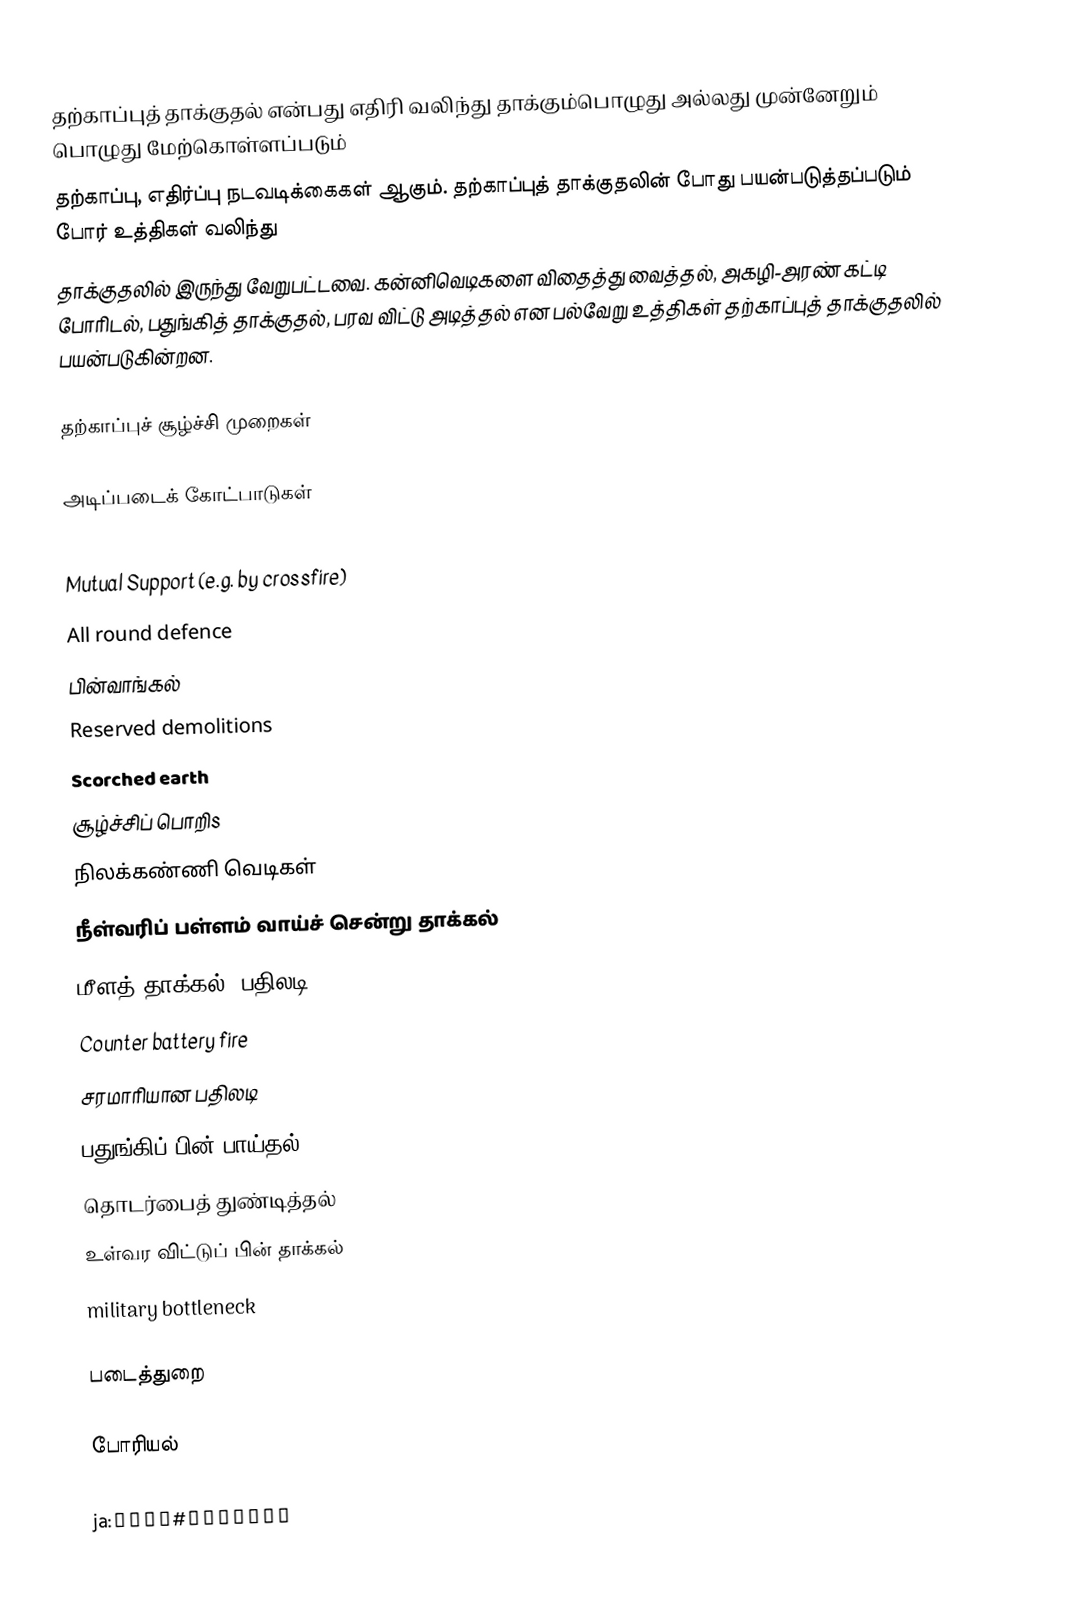
தற்காப்புத் தாக்குதல் என்பது எதிரி வலிந்து தாக்கும்பொழுது அல்லது முன்னேறும் பொழுது மேற்கொள்ளப்படும்
தற்காப்பு, எதிர்ப்பு நடவடிக்கைகள் ஆகும்.  தற்காப்புத் தாக்குதலின் போது பயன்படுத்தப்படும் போர் உத்திகள் வலிந்து
தாக்குதலில் இருந்து வேறுபட்டவை.  கன்னிவெடிகளை விதைத்து வைத்தல், அகழி-அரண் கட்டி போரிடல், பதுங்கித் தாக்குதல், பரவ விட்டு அடித்தல் என பல்வேறு உத்திகள் தற்காப்புத் தாக்குதலில் பயன்படுகின்றன.

தற்காப்புச் சூழ்ச்சி முறைகள்

 அடிப்படைக் கோட்பாடுகள்
 Defence in depth
 Mutual Support (e.g. by crossfire)
 All round defence
 பின்வாங்கல்
 Reserved demolitions
 Scorched earth
 சூழ்ச்சிப் பொறிs
 நிலக்கண்ணி வெடிகள்
 நீள்வரிப் பள்ளம் வாய்ச் சென்று தாக்கல்
 மீளத் தாக்கல்/ பதிலடி
 Counter battery fire
 சரமாரியான பதிலடி
பதுங்கிப் பின் பாய்தல்
 தொடர்பைத் துண்டித்தல்
 உள்வர விட்டுப் பின் தாக்கல்
 military bottleneck

படைத்துறை

போரியல்

ja:安全保障#伝統的安全保障